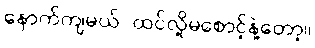
နောက်ကျမယ် ထင်လို့မစောင့်နဲ့တော့။